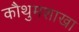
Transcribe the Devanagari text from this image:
कौथुमशाखा